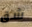
شق